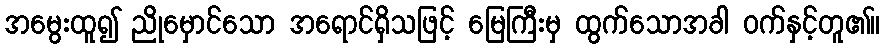
အမွေးထူ၍ ညိုမှောင်သော အရောင်ရှိသဖြင့် မြေကြီးမှ ထွက်သောအခါ ဝက်နှင့်တူ၏။